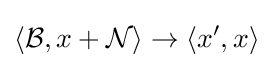
\langle {\mathcal {B}},x+{\mathcal {N}}\rangle \to \langle x^{\prime },x\rangle